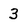
Character: 3